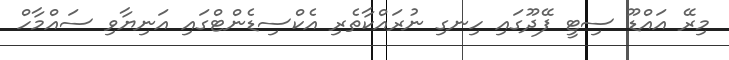
މިރޭ އައްޑޫ ސިޓީ ފޭދޫގައި ހިނގި ނުރައްކާތެރި އެކްސިޑެންޓްގައި އަނިޔާވި ސައްމާހް